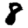
Digit: 8